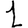
Digit: 1